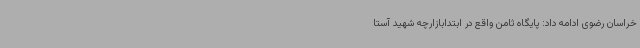
خراسان رضوی ادامه داد: پایگاه ثامن واقع در ابتدابازارچه شهید آستا